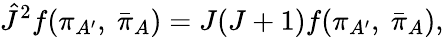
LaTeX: {\hat{J}}^{2}f(\pi_{A^{\prime}},\ {\bar{\pi}}_{A})=J(J+1)f(\pi_{A^{\prime}},\ {\bar{\pi}}_{A}),